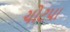
ચોટપા